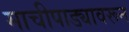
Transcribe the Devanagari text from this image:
माचीपाड्यावरून